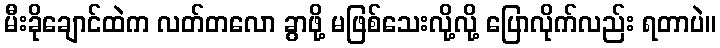
မီးခိုချောင်ထဲက လတ်တလော ခွာဖို့ မဖြစ်သေးလို့လို့ ပြောလိုက်လည်း ရတာပဲ။